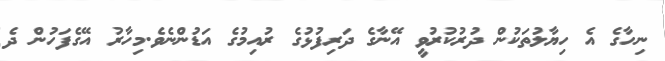
ނިހާގެ އެ ހިޔާލުތަކުން ދުރުކުރުވީ އޭނާގެ ދަރިފުޅުގެ ރުއިމުގެ އަޑުންނެވެ.މިހާރު އޭގެފަހުން ދެ